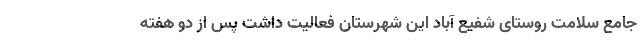
جامع سلامت روستای شفیع‌ آباد این شهرستان فعالیت داشت پس از دو هفته